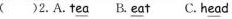
( )2.A.T \underline{ea} B. \underline{ea} t C.H \underline{ea} d